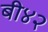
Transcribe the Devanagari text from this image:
बी४२